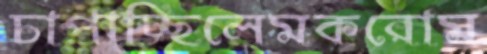
চাপাচ্ছিলেমকরোম